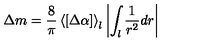
\Delta m = \frac { 8 } { \pi } \left< [ \Delta \alpha ] \right> _ { l } \left| \int _ { l } \frac { 1 } { r ^ { 2 } } d r \right|